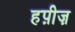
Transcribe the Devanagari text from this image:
हप़ीज़